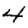
Digit: 4